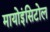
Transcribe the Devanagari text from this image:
मायोइंसिटोल